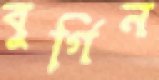
বুর্গিন